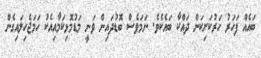
ބައެއް ފަހަރު ހަރުކަށިކަން ދައްކާ ބައެކެވެ. ނަމަވެސް ބޮޑުދައިން ވަނީ މަޑުމޮޅިކަމާއިއެކު ހަމަޖެހިލައިގެން